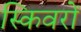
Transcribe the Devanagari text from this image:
स्किवरों